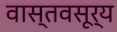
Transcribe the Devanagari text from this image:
वास्तवसूर्य